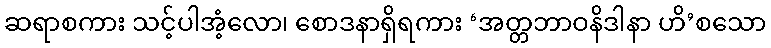
ဆရာစကား သင့်ပါအံ့လော၊ စောဒနာရှိရကား ‘အတ္တဘာဝနိဒါနာ ဟိ’စသော